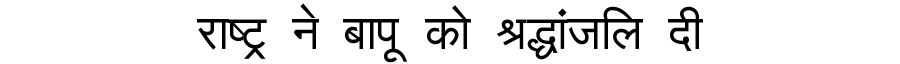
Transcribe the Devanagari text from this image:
राष्ट्र ने बापू को श्रद्धांजलि दी